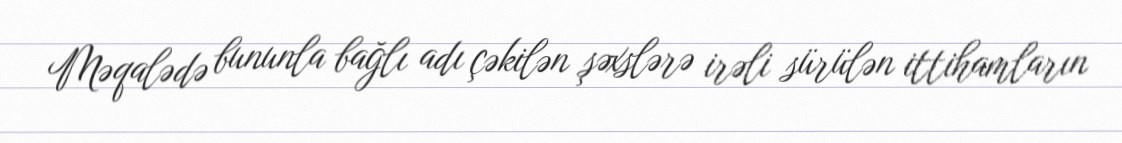
Məqalədə bununla bağlı adı çəkilən şəxslərə irəli sürülən ittihamların